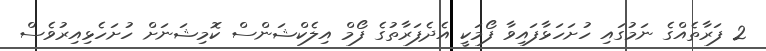
2 ފަރާތެއްގެ ނަމުގައި ހުށަހަޅާފައިވާ ފޯމަކީ އެދެފަރާތުގެ ފޯމް އިލެކްޝަންސް ކޮމިޝަނަށް ހުށަހެޅިއިރުވެސް